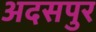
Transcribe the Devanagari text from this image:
अदसपुर